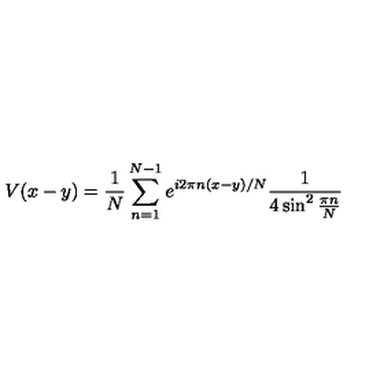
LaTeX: V ( x - y ) = \frac { 1 } { N } \sum _ { n = 1 } ^ { N - 1 } e ^ { i 2 \pi n ( x - y ) / N } \frac { 1 } { 4 \sin ^ { 2 } \frac { \pi n } { N } }